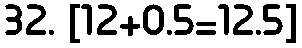
32. [12+0.5=12.5]